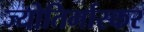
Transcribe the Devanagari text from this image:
ज्योतिर्भास्कर